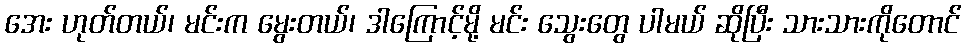
အေး ဟုတ်တယ်၊ မင်းက မွေးတယ်၊ ဒါကြောင့်မို့ မင်း သွေးတွေ ပါမယ် ဆိုပြီး သားသားကိုတောင်